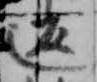
返